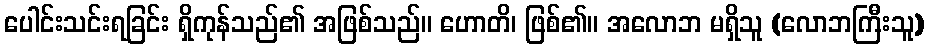
ပေါင်းသင်းရခြင်း ရှိကုန်သည်၏ အဖြစ်သည်။ ဟောတိ၊ ဖြစ်၏။ အလောဘ မရှိသူ (လောဘကြီးသူ)